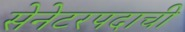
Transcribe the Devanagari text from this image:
सेनेटरपदाची